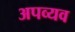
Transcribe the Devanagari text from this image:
अपव्यव